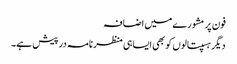
فون پر مشورے میں اضافہ
دیگر ہسپتالوں کو بھی ایسا ہی منظرنامہ درپیش ہے۔